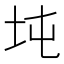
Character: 坉